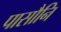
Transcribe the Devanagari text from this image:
पासौनि